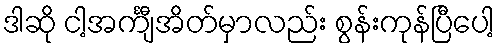
ဒါဆို ငါ့အင်္ကျီအိတ်မှာလည်း စွန်းကုန်ပြီပေါ့